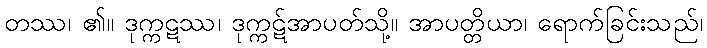
တဿ၊ ၏။ ဒုက္ကဋဿ၊ ဒုက္ကဋ်အာပတ်သို့။ အာပတ္တိယာ၊ ရောက်ခြင်းသည်၊